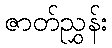
ဇာတ်ညွှန်း